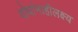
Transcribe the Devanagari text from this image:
दोघांनाहीलक्ष्य